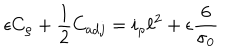
\epsilon C _ { \rho } + \frac { 1 } { 2 } C _ { a d j } = i _ { \rho } \ell ^ { 2 } + \epsilon \frac { 6 } { \sigma _ { 0 } }